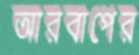
আরবাপের